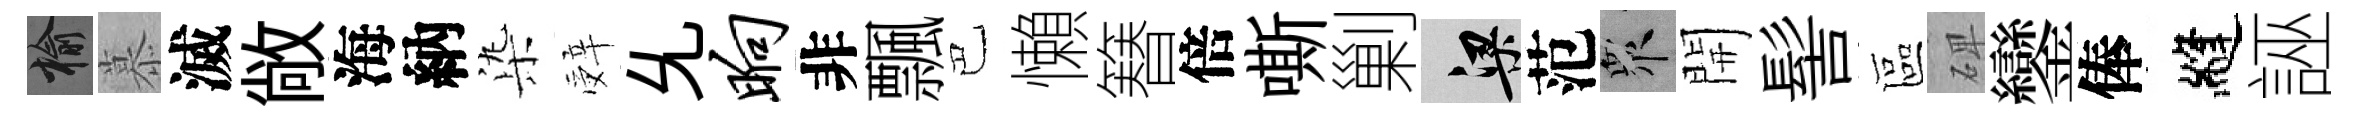
榆慕滅敞海納𣑱辤𠃔晌非飄巴懶簮倍嘶剿梁范衆開髻區𥓓鑾俸縫誣